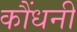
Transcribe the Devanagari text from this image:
कौंधनी